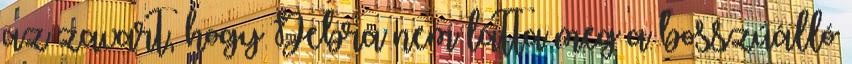
az zavart, hogy Debra nem látta meg a bosszúálló